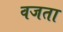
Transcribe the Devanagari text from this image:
वजता